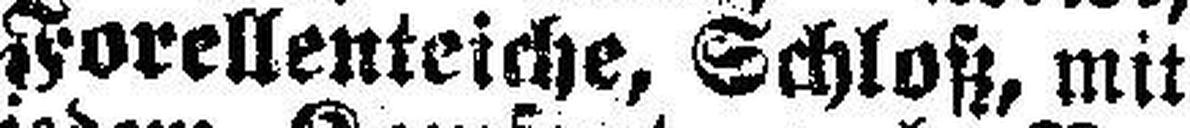
Forellenteiche, Schloß, mit